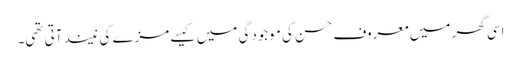
اسی گھر میں معروف حسن کی موجودگی میں کیسے مزے کی نیند آتی تھی۔